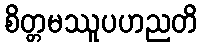
စိတ္တမဿူပဟညတိ